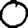
Digit: 0